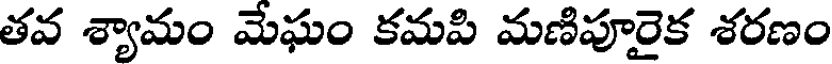
తవ శ్యామం మేఘం కమపి మణిపూరైక శరణం